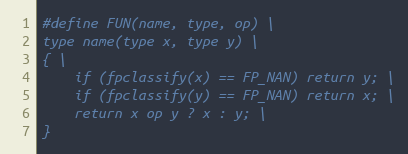
Language: C
#define FUN(name, type, op) \
type name(type x, type y) \
{ \
    if (fpclassify(x) == FP_NAN) return y; \
    if (fpclassify(y) == FP_NAN) return x; \
    return x op y ? x : y; \
}